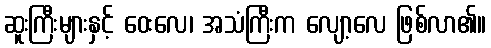
ဆူးကြီးများနှင့် ဝေးလေ၊ အသံကြီးက လျော့လေ ဖြစ်လာ၏။